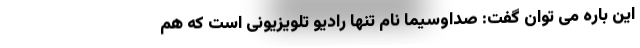
این باره می توان گفت: صداوسیما نام تنها رادیو تلویزیونی است که هم